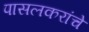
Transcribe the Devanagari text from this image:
पासलकरांचे